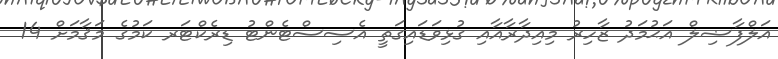
އަލްފާޟިލް އަޙުމަދު ޒާހިރު މިއިދާރާއާއި ގުޅިވަޑައިގަތީ އެސިސްޓެންޓު ޑިރެކްޓަރ ކަމުގެ މަޤާމަށް 14